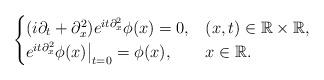
LaTeX: \begin{align*}\begin{cases}(i\partial_t+\partial_x^2)e^{it\partial_x^2}\phi(x) =0,& (x,t)\in\mathbb{R}\times\mathbb{R},\\e^{it\partial_x^2}\phi(x)\big|_{t=0}=\phi(x),& x\in\mathbb{R}.\end{cases}\end{align*}